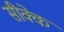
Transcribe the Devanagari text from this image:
सीक्के